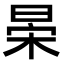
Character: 𣇆